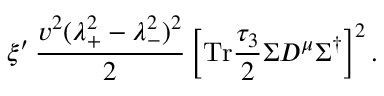
\xi ^ { \prime } \, { \frac { v ^ { 2 } ( \lambda _ { + } ^ { 2 } - \lambda _ { - } ^ { 2 } ) ^ { 2 } } { 2 } } \left[ \mathrm { T r } { \frac { \tau _ { 3 } } { 2 } } \Sigma D ^ { \mu } \Sigma ^ { \dagger } \right] ^ { 2 } .